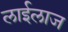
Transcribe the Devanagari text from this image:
लाईलाज